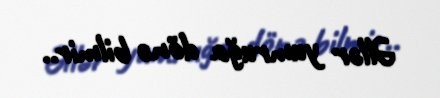
Əllər yumruğa dönə bilmir..